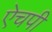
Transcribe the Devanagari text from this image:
ऐचपी